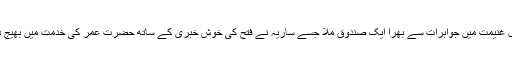
مال غنیمت میں جواہرات سے بھرا ایک صندوق ملا جسے ساریہ نے فتح کی خوش خبری کے ساتھ حضرت عمر کی خدمت میں بھیج دیا۔